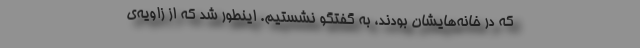
که در خانه‌هایشان بودند، به گفتگو نشستیم. اینطور شد که از زاویه‌ی